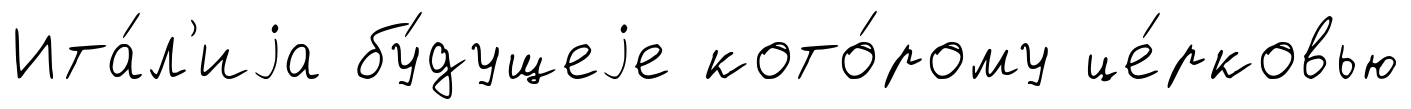
Ита́л'иjа бу́дущеjе кото́рому це́рковью